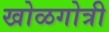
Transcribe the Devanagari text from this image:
खोळगोत्री